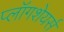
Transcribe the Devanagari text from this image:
प्लॉगशेयर्स